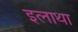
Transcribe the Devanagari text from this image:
इलाथा